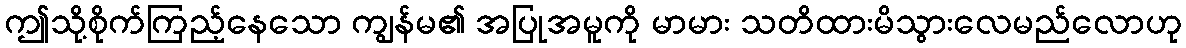
ဤသို့စိုက်ကြည့်နေသော ကျွန်မ၏ အပြုအမူကို မာမား သတိထားမိသွားလေမည်လောဟု